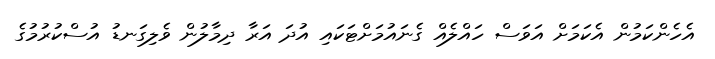
އެހެންކަމުން އެކަމަށް އަވަސް ހައްލެއް ގެނައުމަށްޓަކައި އުދަ އަރާ ދިމާލުން ވެލިގަނޑު އުސްކުރުމުގެ